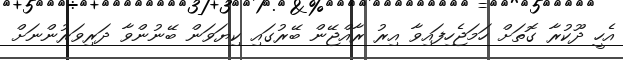
އެހީ ދޫކުރާ ގޮތަށް ހަމަޖެހިފައިވާ އިރު ރާއްޖޭން ބޭރުގައި ކިޔަވަން ބޭނުންވާ ދަރިވަރުންނަށް